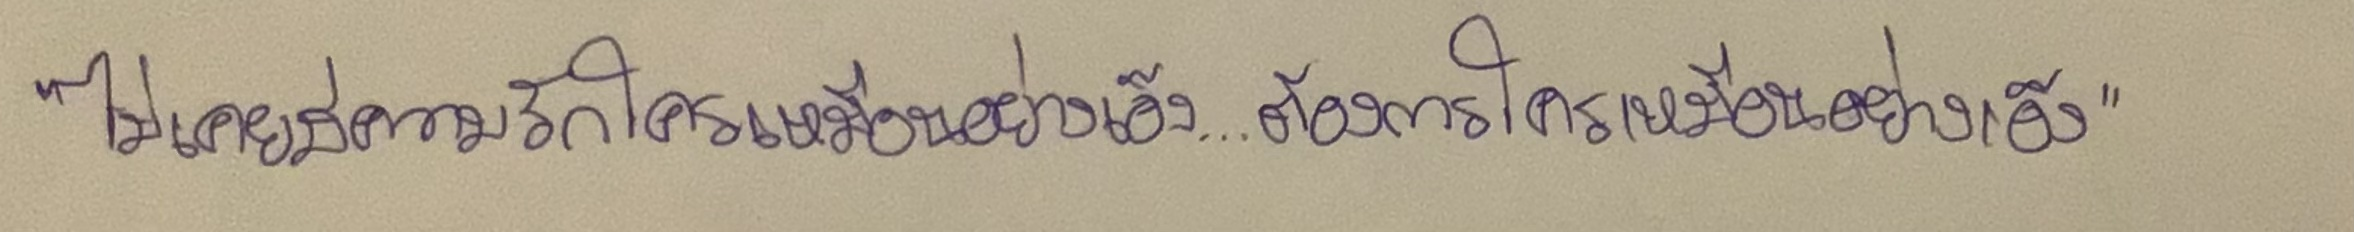
"ไม่เคยมีความรักใครเหมือนอย่างเอ็ง...ต้องการใครเหมือนอย่างเอ็ง"